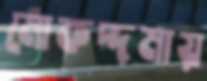
মোকদ্দমায়